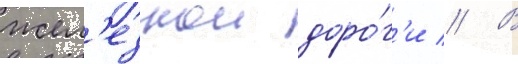
жел'езнои доро́г'и // В